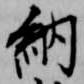
納